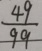
\frac { 4 9 } { 9 9 }